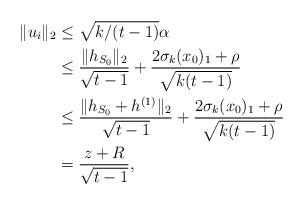
LaTeX: \begin{align*} \|u_i\|_2&\leq\sqrt{k/(t-1)}\alpha \\ &\leq\frac{\|h_{S_0}\|_2}{\sqrt{t-1}}+\frac{2\sigma_k(x_0)_1+\rho}{\sqrt{k(t-1)}}\\ &\leq\frac{\|h_{S_0}+h^{(1)}\|_2}{\sqrt{t-1}}+\frac{2\sigma_k(x_0)_1+\rho}{\sqrt{k(t-1)}}\\ &=\frac{z+R}{\sqrt{t-1}},\end{align*}